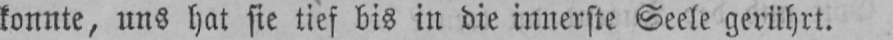
konnte, uns hat sie tief bis in die innerste Seele gerührt.